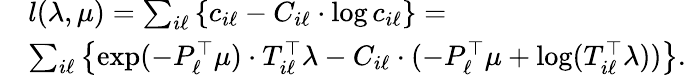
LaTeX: \begin{array}{rl}&{l(\lambda,\mu)=\sum_{i\ell}\left\{ c_{i\ell}-C_{i\ell}\cdot\log c_{i\ell}\right\} =}\\ &{\sum_{i\ell}\left\{ \exp(-P_{\ell}^{\top}\mu)\cdot T_{i\ell}^{\top}\lambda-C_{i\ell}\cdot(-P_{\ell}^{\top}\mu+\log(T_{i\ell}^{\top}\lambda))\right\} .}\end{array}